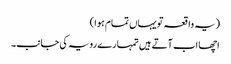
(یہ واقعہ تو یہاں تمام ہوا )
اچھا اب آتے ہیں تمہارے رویہ کی جانب۔